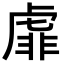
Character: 𧇁